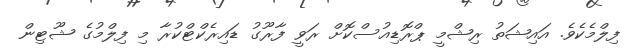
ފިލްމެކެވެ. އައިޝަތު ރިޝްމީ ޕްރޮޑިއުސްކޮށް ރަވީ ފާރޫގު ޑައިރެކްޓްކުރާ މި ފިލްމުގެ ޝޫޓިން